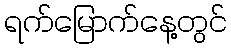
ရက်မြောက်နေ့တွင်